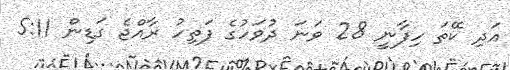
އަދި ކޭތަ ހިފާނީ 28 ވަނަ ދުވަހުގެ ފަތިހު ރާއްޖެ ގަޑިން 5:11